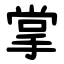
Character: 掌